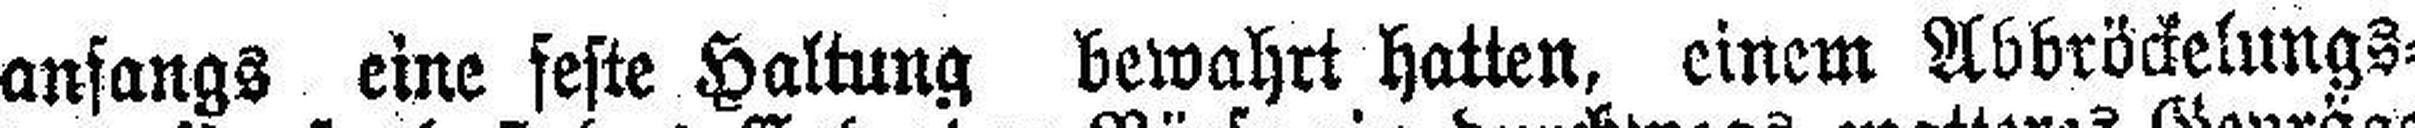
anfangs eine feste Haltung bewahrt hatten, einem Abbröckelungs¬